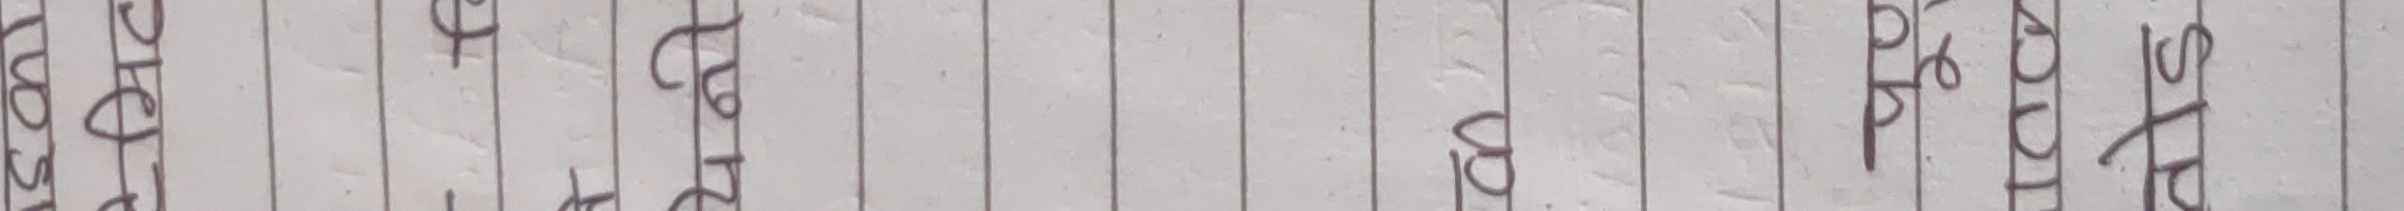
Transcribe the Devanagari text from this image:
यो सेवा